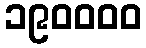
၁၉၀၀၀၀